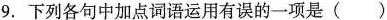
9. 下列各句中加点词语运用有误的一项是()